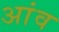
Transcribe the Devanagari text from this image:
अांव